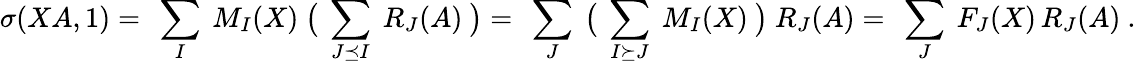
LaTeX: \sigma(XA,1)=\ \sum_{I}\ M_{I}(X)\ \big(\ \sum_{J\preceq I}\ R_{J}(A)\ \big)=\ \sum_{J}\ \big(\ \sum_{I\succeq J}\ M_{I}(X)\ \big)\ R_{J}(A)=\ \sum_{J}\ F_{J}(X)\, R_{J}(A)\ .